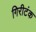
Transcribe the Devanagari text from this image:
गिरीटंक